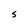
Character: S